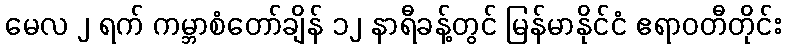
မေလ ၂ ရက် ကမ္ဘာစံတော်ချိန် ၁၂ နာရီခန့်တွင် မြန်မာနိုင်ငံ ဧရာဝတီတိုင်း